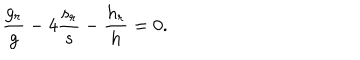
\frac { g _ { r } } { g } - 4 \frac { s _ { r } } { s } - \frac { h _ { r } } { h } = 0 .